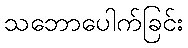
သဘောပေါက်ခြင်း